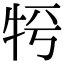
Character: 𤙀